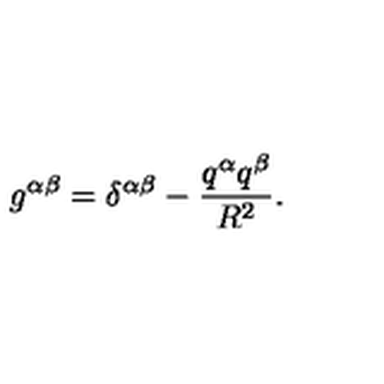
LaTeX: g ^ { \alpha \beta } = \delta ^ { \alpha \beta } - \frac { q ^ { \alpha } q ^ { \beta } } { R ^ { 2 } } .